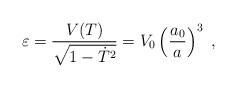
LaTeX: \begin{align*} \varepsilon ={V(T) \over \sqrt{1- \dot T ^2 }} = V_0 \left({a_0\over a}\right)^3 \ ,\end{align*}